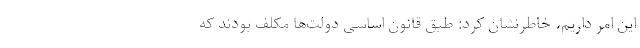
این امر داریم، خاطرنشان کرد: طبق قانون اساسی دولت‌ها مکلف بودند که